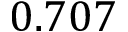
0 . 7 0 7